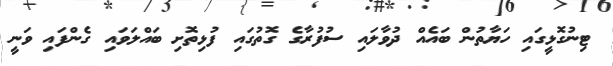
ޓިނުގޮޅީގައި ހަޔާތުން ބައެއް ދުވާލައި ސުފުރާގެ ގޮތުގައި ފުޅިތޮށި ބައްލަވައި ގެންފައި ވަނީ